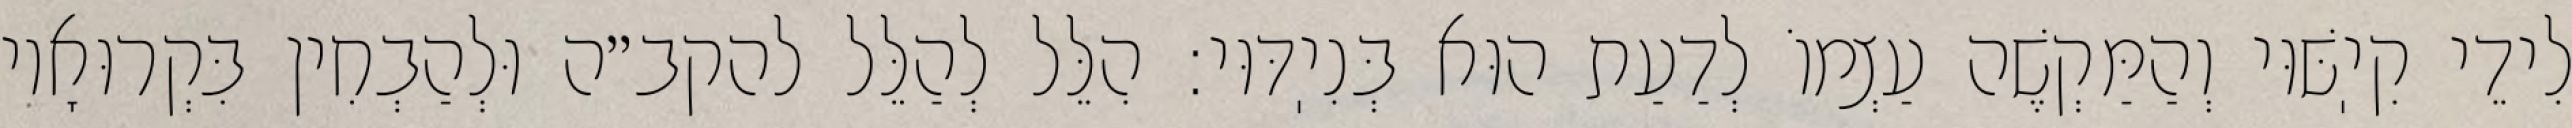
לִידֵי קִיֽשּׁוּי וְהַמַּקְשֶׁה עַצְמוֹ לְדַעַת הוּא בְּנִיֽדּוּי: הִלֵּל לְהַלֵּל להקב״ה וּלְהַבְחִין בִּקְרוּאָיו